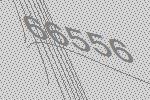
66556